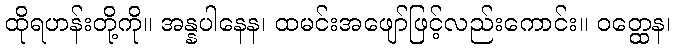
ထိုရဟန်းတို့ကို။ အန္နပါနေန၊ ထမင်းအဖျော်ဖြင့်လည်းကောင်း။ ဝတ္ထေန၊